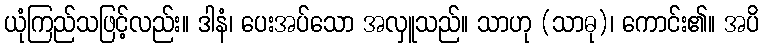
ယုံကြည်သဖြင့်လည်း။ ဒါနံ၊ ပေးအပ်သော အလှူသည်။ သာဟု (သာဓု)၊ ကောင်း၏။ အပိ